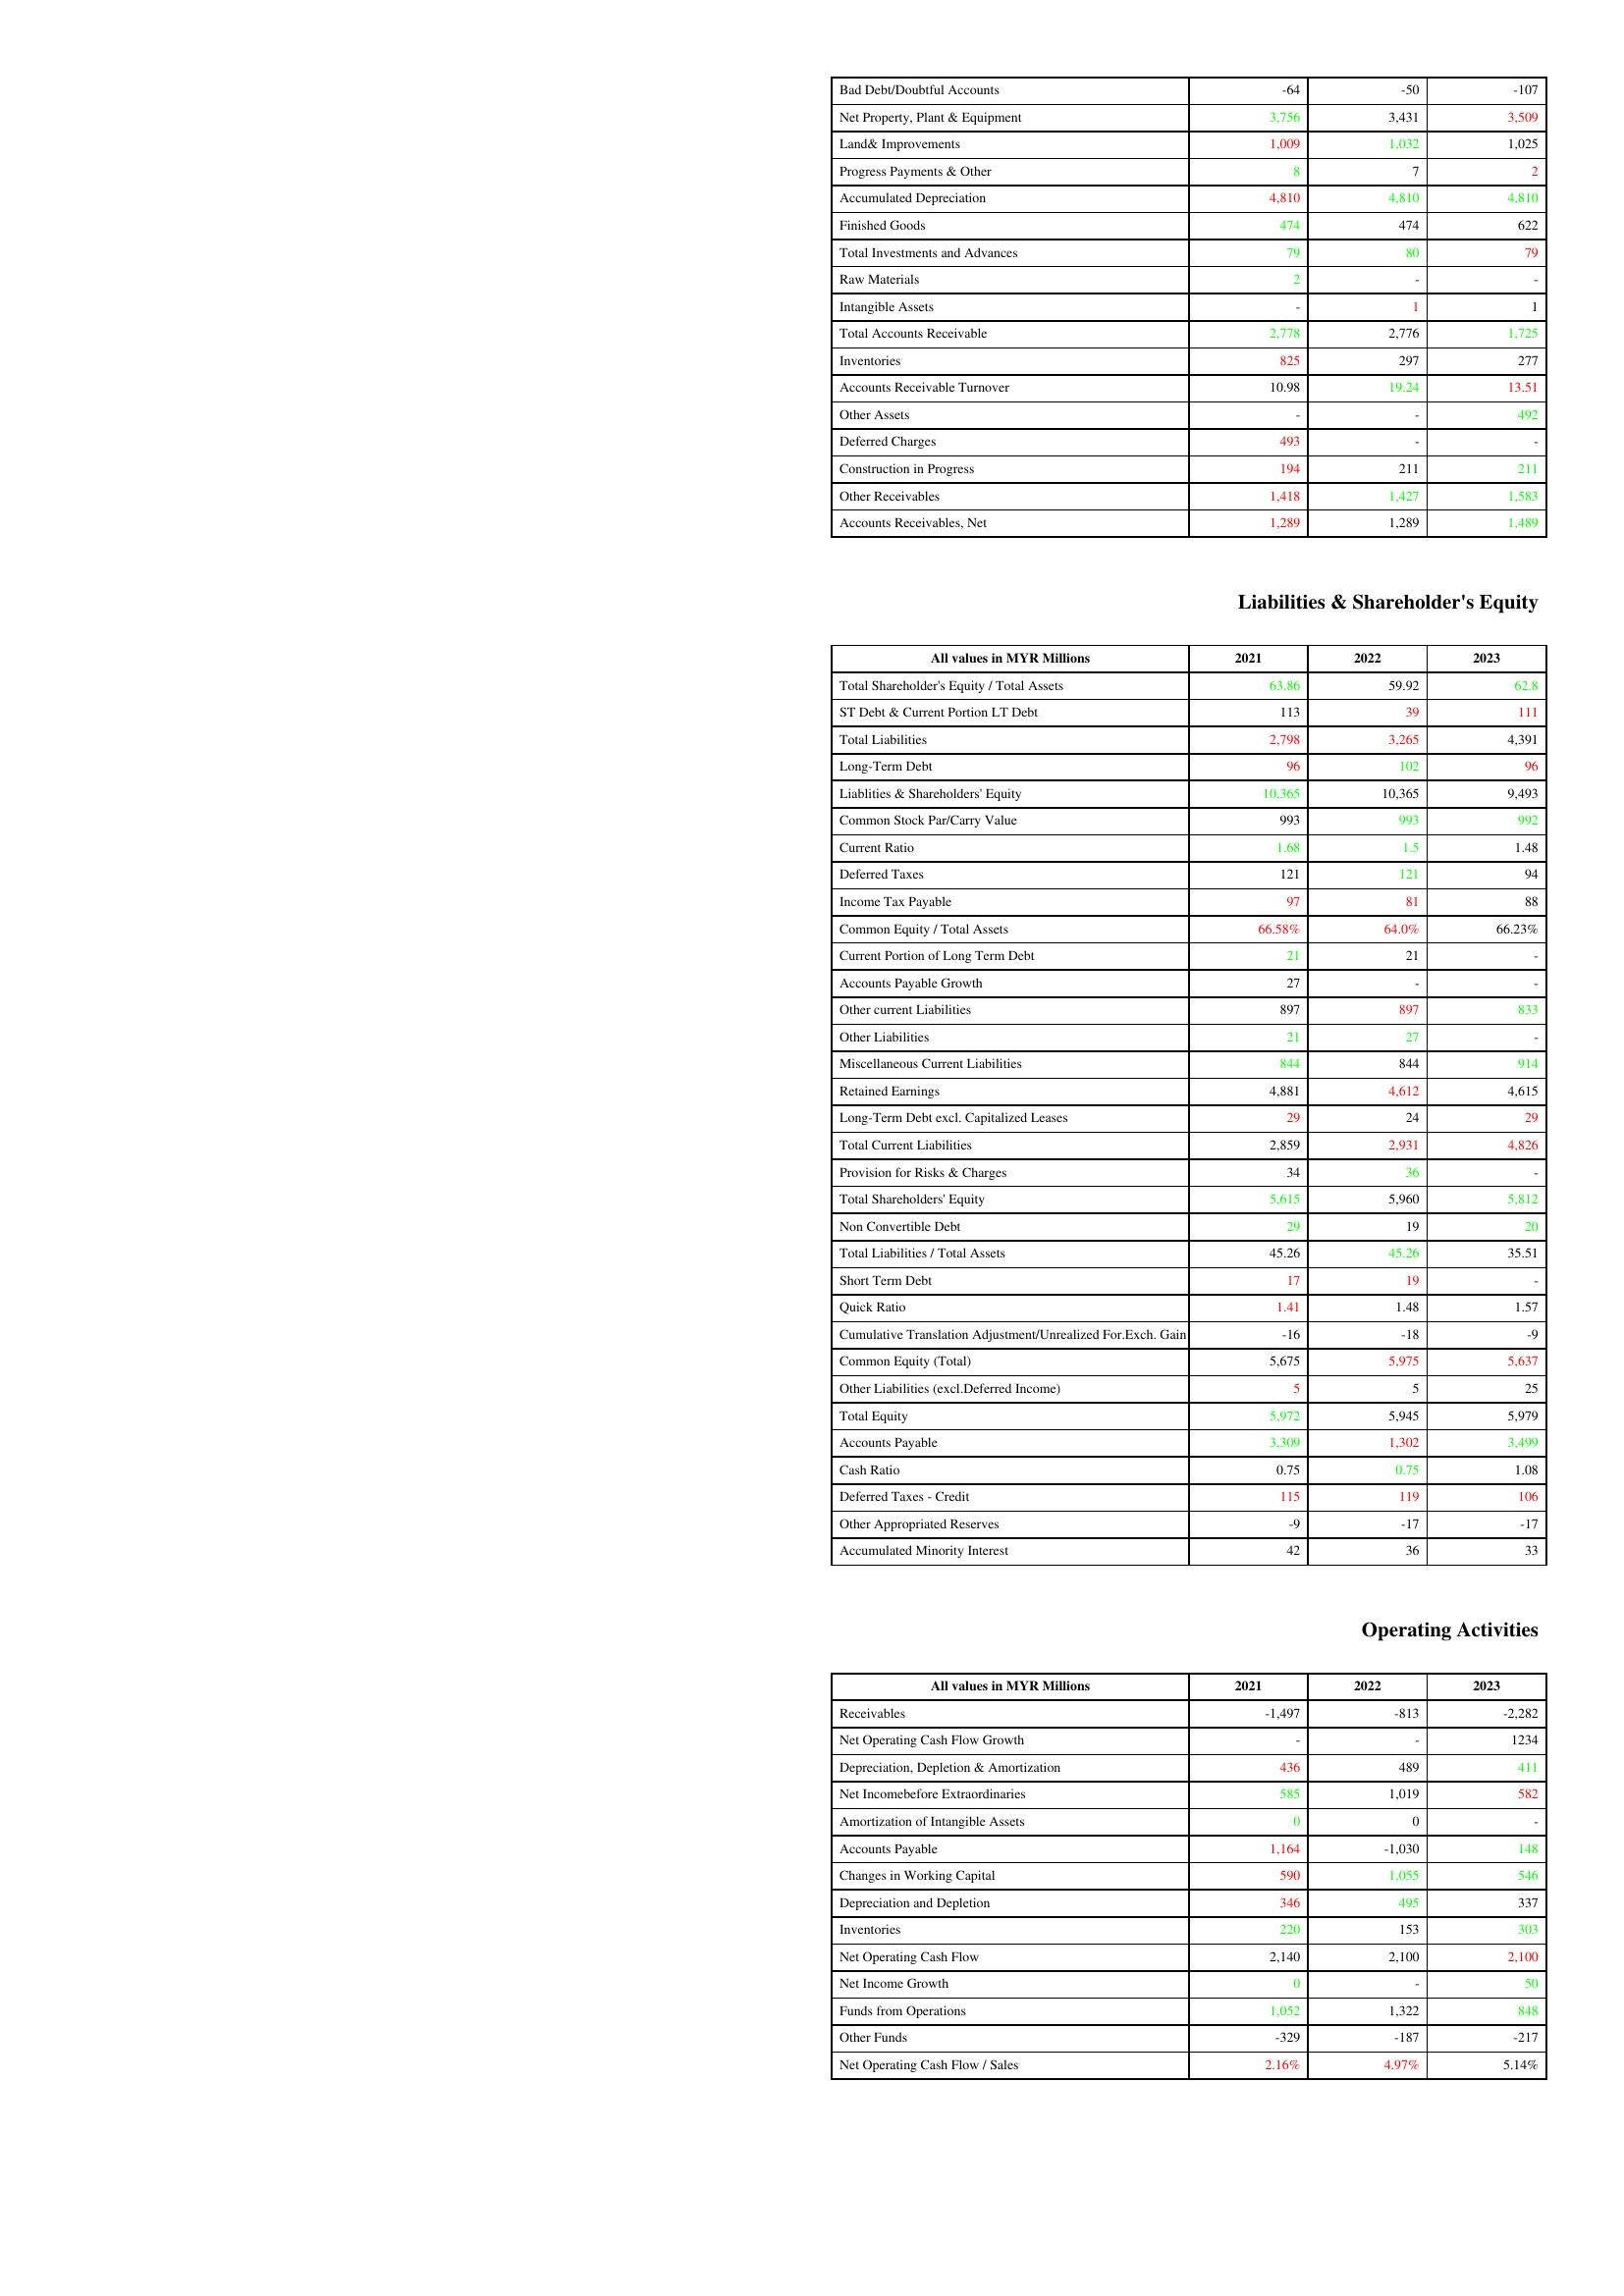
gt_parse: 2021: Assets: Bad Debt/Doubtful Accounts: -64
Net Property, Plant & Equipment: 3,756
Land& Improvements: 1,009
Progress Payments & Other: 8
Accumulated Depreciation: 4,810
Finished Goods: 474
Total Investments and Advances: 79
Raw Materials: 2
Intangible Assets: -
Total Accounts Receivable: 2,778
Inventories: 825
Accounts Receivable Turnover: 10.98
Other Assets: -
Deferred Charges: 493
Construction in Progress: 194
Other Receivables: 1,418
Accounts Receivables, Net: 1,289
Liabilities & Shareholder's Equity: Total Shareholder's Equity / Total Assets: 63.86
ST Debt & Current Portion LT Debt: 113
Total Liabilities: 2,798
Long-Term Debt: 96
Liablities & Shareholders' Equity: 10,365
Common Stock Par/Carry Value: 993
Current Ratio: 1.68
Deferred Taxes: 121
Income Tax Payable: 97
Common Equity / Total Assets: 66.58%
Current Portion of Long Term Debt: 21
Accounts Payable Growth: 27
Other current Liabilities: 897
Other Liabilities: 21
Miscellaneous Current Liabilities: 844
Retained Earnings: 4,881
Long-Term Debt excl. Capitalized Leases: 29
Total Current Liabilities: 2,859
Provision for Risks & Charges: 34
Total Shareholders' Equity: 5,615
Non Convertible Debt: 29
Total Liabilities / Total Assets: 45.26
Short Term Debt: 17
Quick Ratio: 1.41
Cumulative Translation Adjustment/Unrealized For.Exch. Gain: -16
Common Equity (Total): 5,675
Other Liabilities (excl.Deferred Income): 5
Total Equity: 5,972
Accounts Payable: 3,309
Cash Ratio: 0.75
Deferred Taxes - Credit: 115
Other Appropriated Reserves: -9
Accumulated Minority Interest: 42
Operating Activities: Receivables: -1,497
Net Operating Cash Flow Growth: -
Depreciation, Depletion & Amortization: 436
Net Incomebefore Extraordinaries: 585
Amortization of Intangible Assets: 0
Accounts Payable: 1,164
Changes in Working Capital: 590
Depreciation and Depletion: 346
Inventories: 220
Net Operating Cash Flow: 2,140
Net Income Growth: 0
Funds from Operations: 1,052
Other Funds: -329
Net Operating Cash Flow / Sales: 2.16%
2022: Assets: Bad Debt/Doubtful Accounts: -50
Net Property, Plant & Equipment: 3,431
Land& Improvements: 1,032
Progress Payments & Other: 7
Accumulated Depreciation: 4,810
Finished Goods: 474
Total Investments and Advances: 80
Raw Materials: -
Intangible Assets: 1
Total Accounts Receivable: 2,776
Inventories: 297
Accounts Receivable Turnover: 19.24
Other Assets: -
Deferred Charges: -
Construction in Progress: 211
Other Receivables: 1,427
Accounts Receivables, Net: 1,289
Liabilities & Shareholder's Equity: Total Shareholder's Equity / Total Assets: 59.92
ST Debt & Current Portion LT Debt: 39
Total Liabilities: 3,265
Long-Term Debt: 102
Liablities & Shareholders' Equity: 10,365
Common Stock Par/Carry Value: 993
Current Ratio: 1.5
Deferred Taxes: 121
Income Tax Payable: 81
Common Equity / Total Assets: 64.0%
Current Portion of Long Term Debt: 21
Accounts Payable Growth: -
Other current Liabilities: 897
Other Liabilities: 27
Miscellaneous Current Liabilities: 844
Retained Earnings: 4,612
Long-Term Debt excl. Capitalized Leases: 24
Total Current Liabilities: 2,931
Provision for Risks & Charges: 36
Total Shareholders' Equity: 5,960
Non Convertible Debt: 19
Total Liabilities / Total Assets: 45.26
Short Term Debt: 19
Quick Ratio: 1.48
Cumulative Translation Adjustment/Unrealized For.Exch. Gain: -18
Common Equity (Total): 5,975
Other Liabilities (excl.Deferred Income): 5
Total Equity: 5,945
Accounts Payable: 1,302
Cash Ratio: 0.75
Deferred Taxes - Credit: 119
Other Appropriated Reserves: -17
Accumulated Minority Interest: 36
Operating Activities: Receivables: -813
Net Operating Cash Flow Growth: -
Depreciation, Depletion & Amortization: 489
Net Incomebefore Extraordinaries: 1,019
Amortization of Intangible Assets: 0
Accounts Payable: -1,030
Changes in Working Capital: 1,055
Depreciation and Depletion: 495
Inventories: 153
Net Operating Cash Flow: 2,100
Net Income Growth: -
Funds from Operations: 1,322
Other Funds: -187
Net Operating Cash Flow / Sales: 4.97%
2023: Assets: Bad Debt/Doubtful Accounts: -107
Net Property, Plant & Equipment: 3,509
Land& Improvements: 1,025
Progress Payments & Other: 2
Accumulated Depreciation: 4,810
Finished Goods: 622
Total Investments and Advances: 79
Raw Materials: -
Intangible Assets: 1
Total Accounts Receivable: 1,725
Inventories: 277
Accounts Receivable Turnover: 13.51
Other Assets: 492
Deferred Charges: -
Construction in Progress: 211
Other Receivables: 1,583
Accounts Receivables, Net: 1,489
Liabilities & Shareholder's Equity: Total Shareholder's Equity / Total Assets: 62.8
ST Debt & Current Portion LT Debt: 111
Total Liabilities: 4,391
Long-Term Debt: 96
Liablities & Shareholders' Equity: 9,493
Common Stock Par/Carry Value: 992
Current Ratio: 1.48
Deferred Taxes: 94
Income Tax Payable: 88
Common Equity / Total Assets: 66.23%
Current Portion of Long Term Debt: -
Accounts Payable Growth: -
Other current Liabilities: 833
Other Liabilities: -
Miscellaneous Current Liabilities: 914
Retained Earnings: 4,615
Long-Term Debt excl. Capitalized Leases: 29
Total Current Liabilities: 4,826
Provision for Risks & Charges: -
Total Shareholders' Equity: 5,812
Non Convertible Debt: 20
Total Liabilities / Total Assets: 35.51
Short Term Debt: -
Quick Ratio: 1.57
Cumulative Translation Adjustment/Unrealized For.Exch. Gain: -9
Common Equity (Total): 5,637
Other Liabilities (excl.Deferred Income): 25
Total Equity: 5,979
Accounts Payable: 3,499
Cash Ratio: 1.08
Deferred Taxes - Credit: 106
Other Appropriated Reserves: -17
Accumulated Minority Interest: 33
Operating Activities: Receivables: -2,282
Net Operating Cash Flow Growth: 1234
Depreciation, Depletion & Amortization: 411
Net Incomebefore Extraordinaries: 582
Amortization of Intangible Assets: -
Accounts Payable: 148
Changes in Working Capital: 546
Depreciation and Depletion: 337
Inventories: 303
Net Operating Cash Flow: 2,100
Net Income Growth: 50
Funds from Operations: 848
Other Funds: -217
Net Operating Cash Flow / Sales: 5.14%